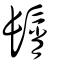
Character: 髾